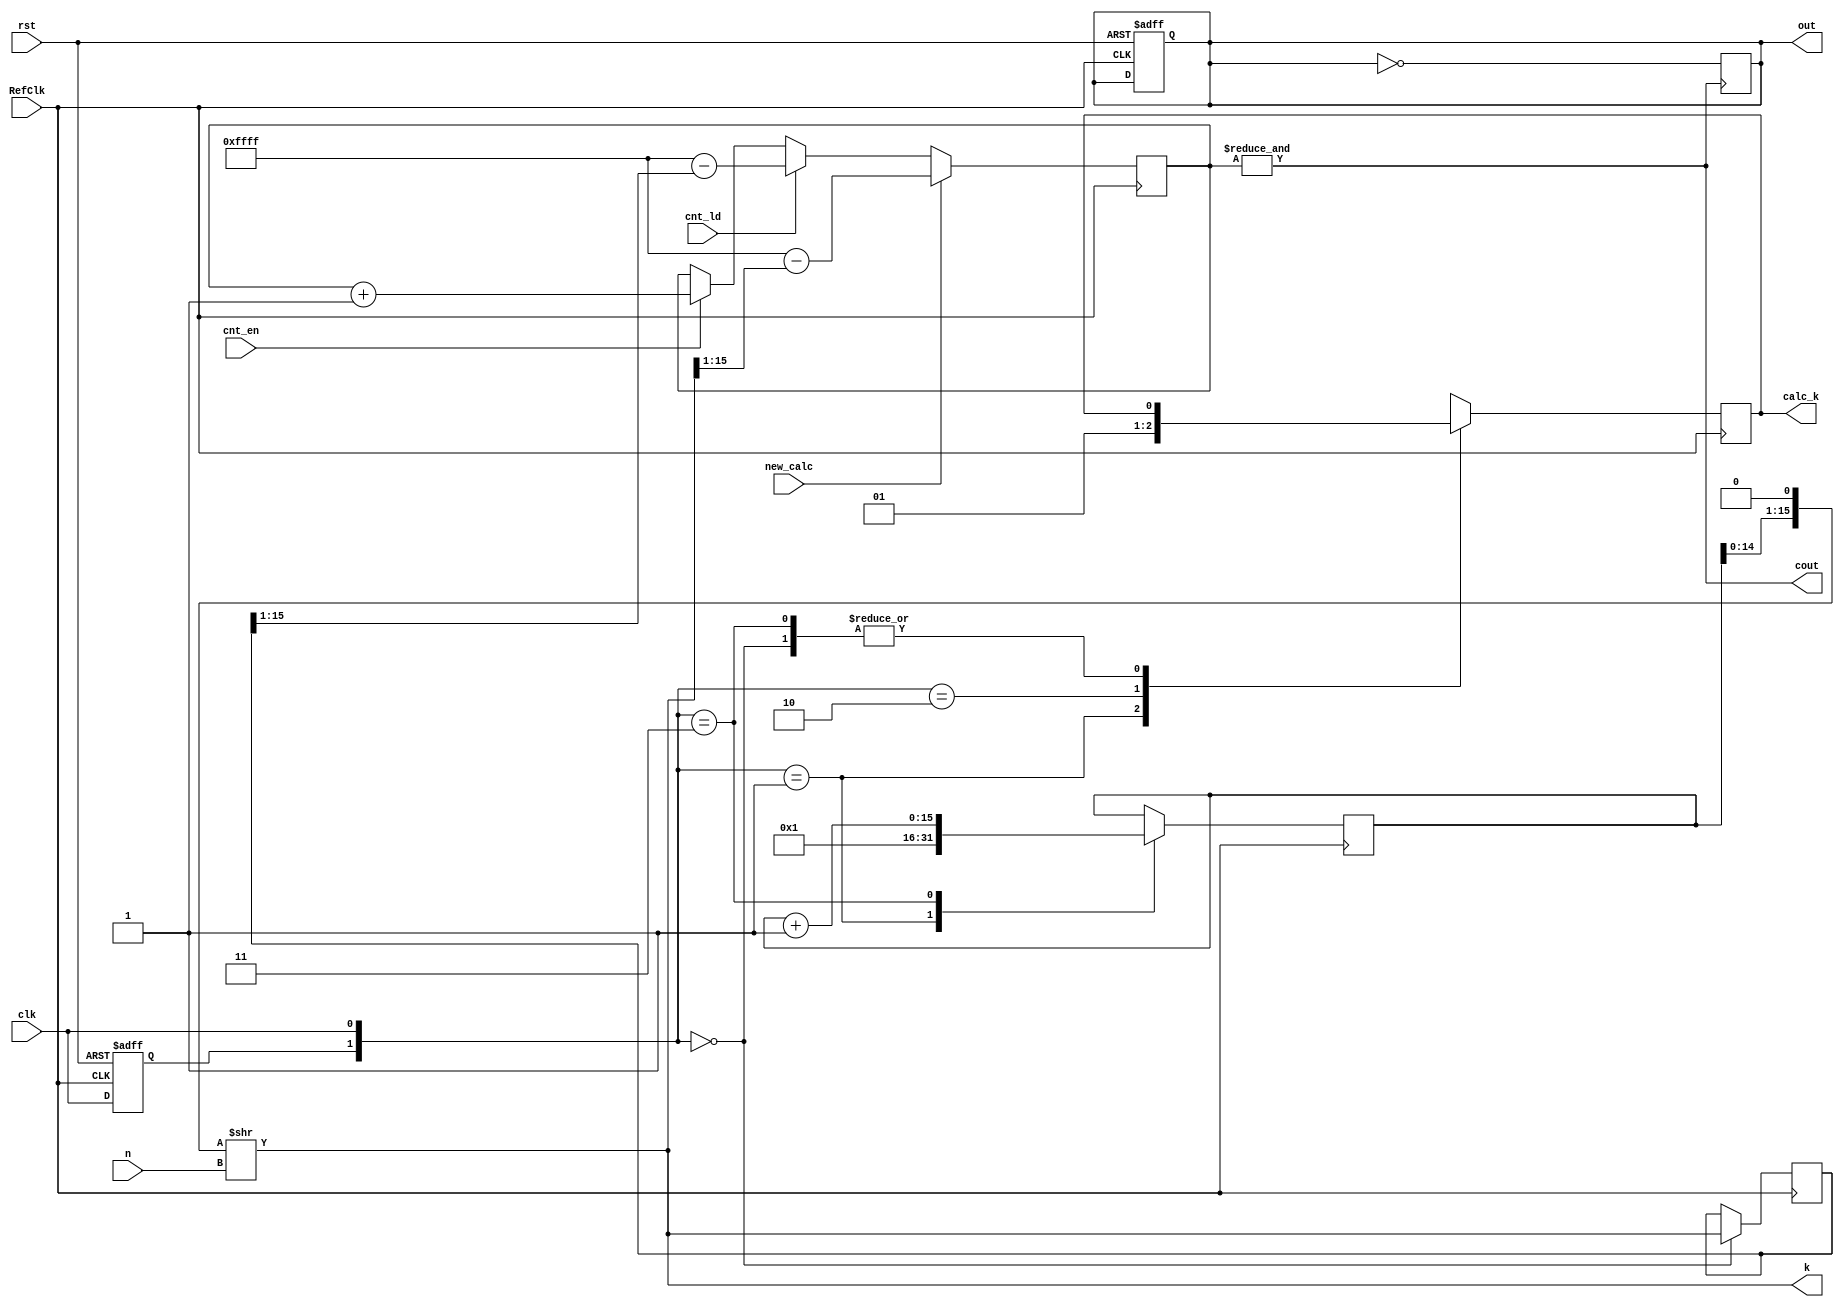
module datapath (input RefClk,clk,rst,cnt_en,cnt_ld,new_calc,input [2:0]n,output cout,output reg calc_k,out,output [15:0]k);

    reg prev_clk;
    reg [15:0] duration , counter , current;

    always @(posedge RefClk , posedge rst) begin
        if (rst) begin prev_clk = 0 ; out = 0 ; end
        else prev_clk <= clk;
    end

    always @(posedge RefClk) begin
        case ({prev_clk , clk})
            2'b00 : current <= k ;
            2'b01 : begin duration <= 16'd1 ; calc_k = 0 ; end 
            2'b10 : begin calc_k = 1 ; end 
            2'b11 : duration <= duration + 1 ; 
        endcase

        if(new_calc) counter <= (16'b1111111111111111 - (k >> 1));
        else if(cnt_ld) counter <= (16'b1111111111111111 - (current >> 1));      
        else if (cnt_en) counter = counter + 1 ;

    end

    always @(posedge cout) out = ~out ;

    assign k = (duration << 1) >> n;
    assign cout = &{counter};
    
endmodule

module controller (input clk,rst,adjust,calc_k,cout,output reg valid,cnt_en,cnt_ld,new_calc);
    
    reg [2:0]ps , ns;
    parameter [2:0] idle = 0 , ready = 1 , calculate = 2 , load_calculated = 3 , count = 4 , redo = 5 ;

	always @(posedge clk , adjust , calc_k , cout) begin
		case(ps)
			idle : ns = (adjust) ? ready : idle ;
			ready : ns = (adjust) ? ready : calculate ;
			calculate : ns = (calc_k) ? load_calculated : calculate ;
			load_calculated : ns = count ;
			count : begin
				if (adjust) ns = ready ;
				else if (cout) ns = redo ;
			end
            redo : ns = count ;
			default : ns = idle ;
		endcase
	end

	always @(ps) begin
		valid = 0 ; cnt_en = 0 ; cnt_ld = 0 ; new_calc = 0 ;
		case (ps)
            load_calculated : begin new_calc = 1 ; valid = 1 ; end 
            count : begin cnt_en = 1 ; valid = 1 ; end 
            redo : begin cnt_ld = 1 ; valid = 1 ; end
        endcase
	end
    
	always @(posedge clk , posedge rst) begin
		if (rst) ps <= idle ;
		else ps <= ns ;
	end

endmodule


module frequency_multiplier (input clk,rst,InFreq,adjust,input [2:0]n,output [15:0]k,output valid,outFreq);

    wire cnt_en,cnt_ld,cout,calc_k,new_calc;

    datapath dp(.RefClk(clk),.clk(InFreq),.rst(rst),.cnt_en(cnt_en),.cnt_ld(cnt_ld),.n(n),.cout(cout),.calc_k(calc_k),
                .out(outFreq),.k(k),.new_calc(new_calc));
    controller ct(.clk(clk),.rst(rst),.adjust(adjust),.calc_k(calc_k),.cout(cout),.valid(valid),.cnt_en(cnt_en),.cnt_ld(cnt_ld),
                  .new_calc(new_calc));
    
endmodule